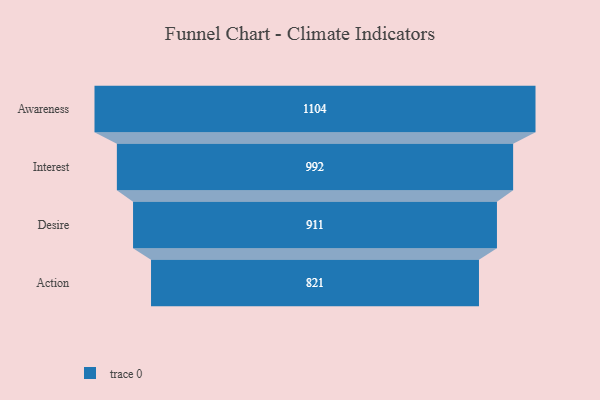
{"axis": {"x": "Stage", "y": "Value"}, "legend": [""], "data": [{"x": "Awareness", "y": 1104.0, "type": ""}, {"x": "Interest", "y": 992.0, "type": ""}, {"x": "Desire", "y": 911.0, "type": ""}, {"x": "Action", "y": 821.0, "type": ""}]}